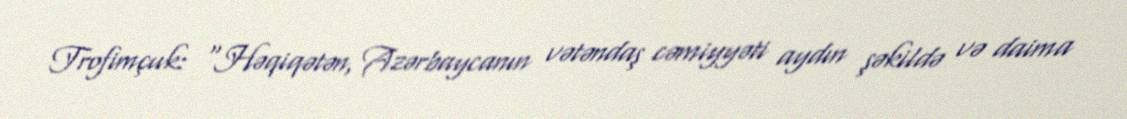
Trofimçuk: “Həqiqətən, Azərbaycanın vətəndaş cəmiyyəti aydın şəkildə və daima